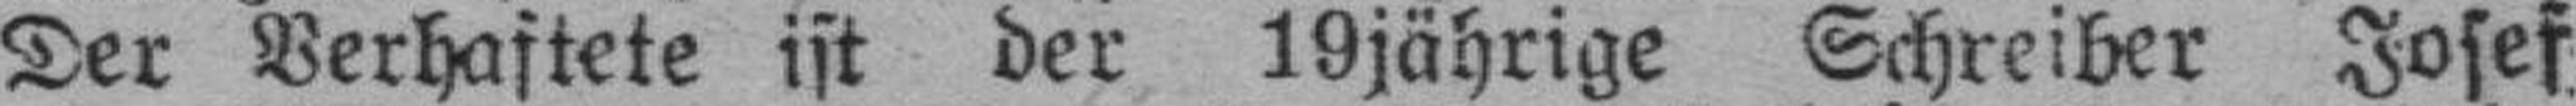
Der Verhaftete ist der 19jährige Schreiber Josef